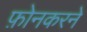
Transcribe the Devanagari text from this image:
फ़ोनकरने